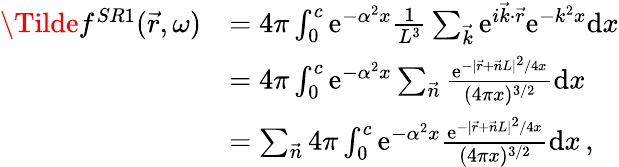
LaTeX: \begin{array}{rl}{\Tilde{f}^{SR1}(\vec{r},\omega)}&{=4\pi\int_{0}^{c}\mathrm{e}^{-\alpha^{2}x}\frac{1}{L^{3}}\sum_{\vec{k}}\mathrm{e}^{i\vec{k}\cdot\vec{r}}\mathrm{e}^{-k^{2}x}\mathrm{d}x}\\ &{=4\pi\int_{0}^{c}\mathrm{e}^{-\alpha^{2}x}\sum_{\vec{n}}\frac{\mathrm{e}^{-\vert\vec{r}+\vec{n}L\vert^{2}/4x}}{(4\pi x)^{3/2}}\mathrm{d}x}\\ &{=\sum_{\vec{n}}4\pi\int_{0}^{c}\mathrm{e}^{-\alpha^{2}x}\frac{\mathrm{e}^{-\vert\vec{r}+\vec{n}L\vert^{2}/4x}}{(4\pi x)^{3/2}}\mathrm{d}x\, ,}\end{array}